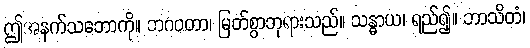
ဤအနက်သဘောကို။ ဘဂဝတာ၊ မြတ်စွာဘုရားသည်။ သန္ဓာယ၊ ရည်၍။ ဘာသိတံ၊